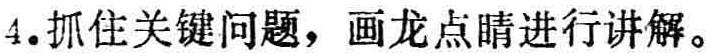
4. 抓住关键问题，画龙点睛进行讲解。